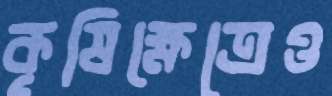
কৃষিক্ষেত্রেও